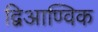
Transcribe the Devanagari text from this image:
द्विआण्विक